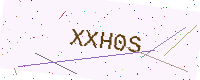
Text: XXH0S